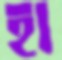
হা